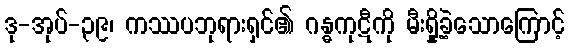
ဒု-အုပ်-၃၉၊ ကဿပဘုရားရှင်၏ ဂန္ဓကုဋီကို မီးရှို့ခဲ့သောကြောင့်